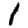
Digit: 1